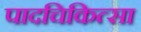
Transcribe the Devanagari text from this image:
पादचिकित्सा